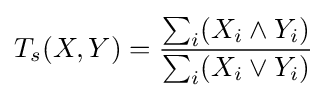
T_{s}(X,Y)={\frac {\sum _{i}(X_{i}\land Y_{i})}{\sum _{i}(X_{i}\lor Y_{i})}}